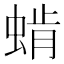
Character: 𰳅